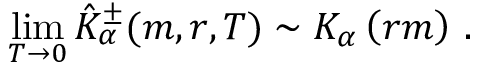
\operatorname * { l i m } _ { T \rightarrow 0 } \hat { K } _ { \alpha } ^ { \pm } ( m , r , T ) \sim K _ { \alpha } \left( r m \right) \, .